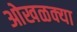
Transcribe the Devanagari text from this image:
ओखळक्या